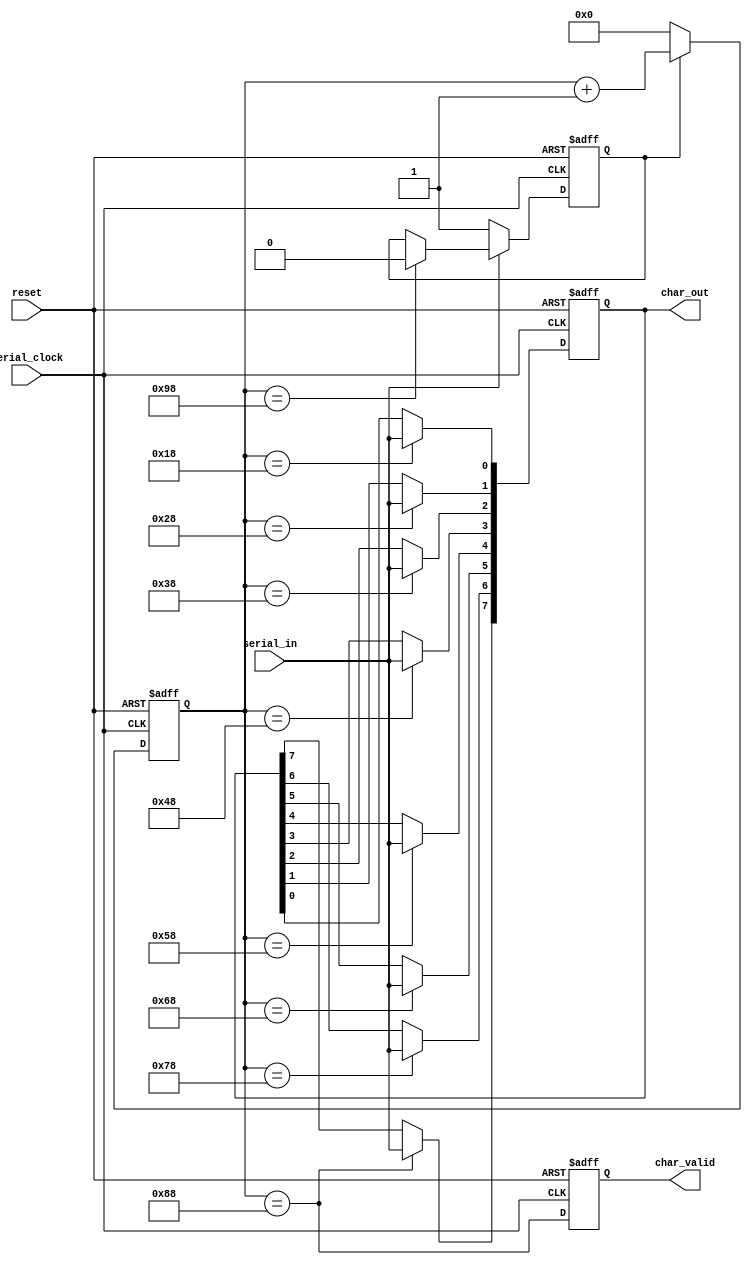

`timescale  1 ns / 1 ps
//-----------------------------------------------------------------------------
//  
//  Copyright (c) 2009 Xilinx Inc.
//
//  Project  : CED based on Microbalze 
//  Module   : uart_rcvr.v
//
//  Description: 
//    This is the UART RX module.
//
//  Parameters: 
//
//  Tasks:
//
//  Internal variables:
//
//  Notes       : 
//    
//
//  Multicycle and False Paths
//    None - this is a testbench file only, and is not intended for synthesis
//

// All times in this testbench are expressed in units of nanoseconds, with a 
// precision of 1ps increments
module uart_rcvr (
  reset,
  serial_clock,
  serial_in,
  char_out,
  char_valid
  );

  input        reset;
  input        serial_clock;
  input        serial_in;
  output [7:0] char_out;
  output       char_valid;
   
  reg    [7:0] count_fsm;
  reg          rcv_active;
  reg    [7:0] char_out;
  reg          char_valid;

always @(posedge serial_clock or posedge reset)
  if (reset)
    rcv_active <= 1'b0;
  else if (!serial_in)
    rcv_active <= 1'b1;
  else if (count_fsm == 8'd152)
    rcv_active <= 1'b0;

always @(posedge serial_clock or posedge reset)
  if (reset)
    count_fsm <= 8'b0;
  else if (rcv_active)
    count_fsm <= count_fsm + 1;
  else
    count_fsm <= 8'b0;

always @(posedge serial_clock or posedge reset)
  if (reset) begin
    char_out <= 8'b0; 
    char_valid <= 1'b0;
  end
  else begin
    if (count_fsm == 8'd24)  char_out[0] <= serial_in;
    if (count_fsm == 8'd40)  char_out[1] <= serial_in;
    if (count_fsm == 8'd56)  char_out[2] <= serial_in;
    if (count_fsm == 8'd72)  char_out[3] <= serial_in;
    if (count_fsm == 8'd88)  char_out[4] <= serial_in;
    if (count_fsm == 8'd104) char_out[5] <= serial_in;
    if (count_fsm == 8'd120) char_out[6] <= serial_in;
    if (count_fsm == 8'd136) char_out[7] <= serial_in;
    char_valid <= (count_fsm == 8'd136);
  end



endmodule